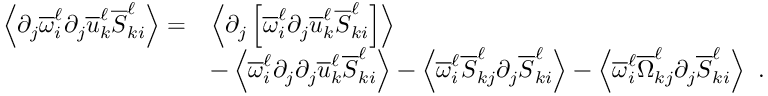
\begin{array} { r l } { \left\langle \partial _ { j } \overline { { \omega } } _ { i } ^ { \ell } \partial _ { j } \overline { { u } } _ { k } ^ { \ell } \overline { { S } } _ { k i } ^ { \ell } \right\rangle = } & { \left\langle \partial _ { j } \left[ \overline { { \omega } } _ { i } ^ { \ell } \partial _ { j } \overline { { u } } _ { k } ^ { \ell } \overline { { S } } _ { k i } ^ { \ell } \right] \right\rangle } \\ & { - \left\langle \overline { { \omega } } _ { i } ^ { \ell } \partial _ { j } \partial _ { j } \overline { { u } } _ { k } ^ { \ell } \overline { { S } } _ { k i } ^ { \ell } \right\rangle - \left\langle \overline { { \omega } } _ { i } ^ { \ell } \overline { { S } } _ { k j } ^ { \ell } \partial _ { j } \overline { { S } } _ { k i } ^ { \ell } \right\rangle - \left\langle \overline { { \omega } } _ { i } ^ { \ell } \overline { { \Omega } } _ { k j } ^ { \ell } \partial _ { j } \overline { { S } } _ { k i } ^ { \ell } \right\rangle \ . } \end{array}